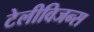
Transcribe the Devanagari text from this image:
टेलीविजन्स